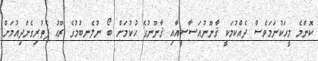
ކޮންމެ މީހަކުނަމަވެސް ދެއްކުމަކީ ޤާނޫނުއަސާސީއާއި ޤާނޫނުގެ ޙުކުމަށް ބޯ ނުލެނބުމުގެ ރޫޙު ފެތުރިގެންދިއުމަށް